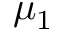
\mu _ { 1 }